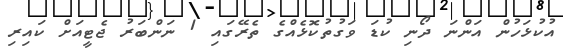
އުކުޅަހުން އަންނަ ދޯނި ކުޑަ ވަގުތުކޮޅެއްގެ ތެރޭގައި 1 ނަންބަރު ޖެޓީއަށް ކައިރި